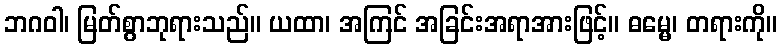
ဘဂဝါ၊ မြတ်စွာဘုရားသည်။ ယထာ၊ အကြင် အခြင်းအရာအားဖြင့်။ ဓမ္မေ၊ တရားကို။